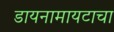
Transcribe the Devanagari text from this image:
डायनामायटाचा